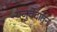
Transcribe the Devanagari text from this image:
यजुर्वेदातून